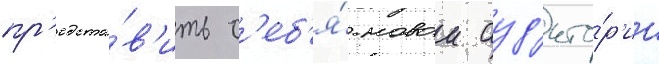
пр'едста́в'ить с'еб'я́ новои ауд'ито́р'ии